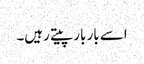
اسے بار بار پیتے رہیں۔